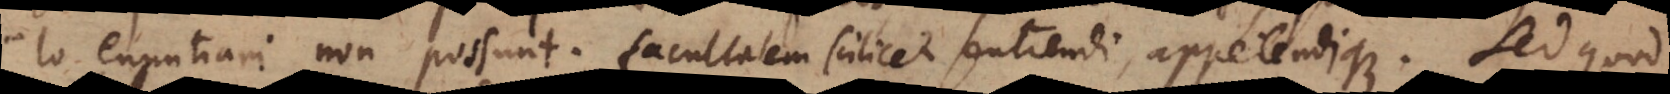
lo enuntiari non possunt; facultatem scilicet sentiendi, appetendique. Sed quod